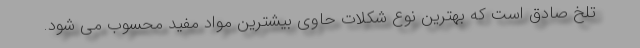
تلخ صادق است که بهترین نوع شکلات حاوی بیشترین مواد مفید محسوب می شود.